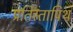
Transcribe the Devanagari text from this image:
प्रतिस्तापिथ